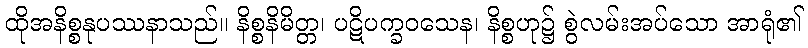
ထိုအနိစ္စနုပဿနာသည်။ နိစ္စနိမိတ္တ၊ ပဋိပက္ခဝသေန၊ နိစ္စဟု၌ စွဲလမ်းအပ်သော အာရုံ၏